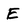
Character: E